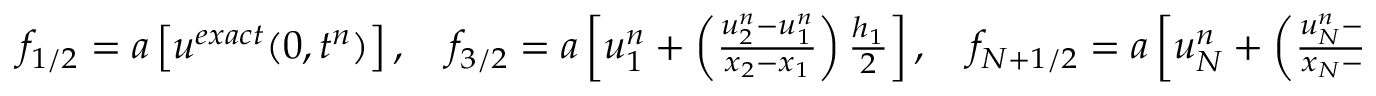
\begin{array} { r } { f _ { 1 / 2 } = a \left[ u ^ { e x a c t } ( 0 , t ^ { n } ) \right] , \quad f _ { 3 / 2 } = a \left[ u _ { 1 } ^ { n } + \left( \frac { u _ { 2 } ^ { n } - u _ { 1 } ^ { n } } { x _ { 2 } - x _ { 1 } } \right) \frac { h _ { 1 } } { 2 } \right] , \quad f _ { N + 1 / 2 } = a \left[ u _ { N } ^ { n } + \left( \frac { u _ { N } ^ { n } - u _ { N - 1 } ^ { n } } { x _ { N } - x _ { N - 1 } } \right) \frac { h _ { N } } { 2 } \right] . } \end{array}